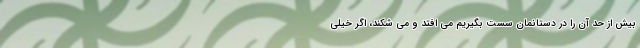
بیش از حد آن را در دستانمان سست بگیریم می افتد و می شکند، اگر خیلی